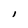
Character: l